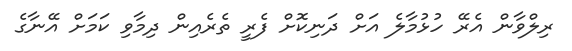
ރިލްވާން އެރޭ ހުޅުމާލެ އަށް ދަނިކޮށް ފެރީ ތެރެއިން ދިމާވި ކަމަށް އޭނާގެ